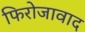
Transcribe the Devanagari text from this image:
फिरोजावाद